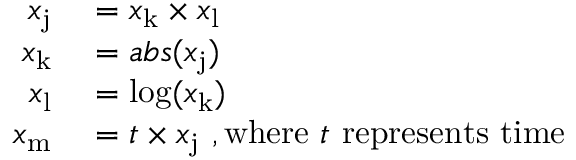
\begin{array} { r l } { x _ { \mathrm { j } } } & { { } = x _ { \mathrm { k } } \times x _ { \mathrm { l } } } \\ { x _ { \mathrm { k } } } & { { } = a b s ( x _ { \mathrm { j } } ) } \\ { x _ { \mathrm { l } } } & { { } = \log ( x _ { \mathrm { k } } ) } \\ { x _ { \mathrm { m } } } & { { } = t \times x _ { \mathrm { j } } { \mathrm { ~ , w h e r e ~ } } t { \mathrm { ~ r e p r e s e n t s ~ t i m e } } } \end{array}